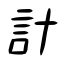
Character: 計